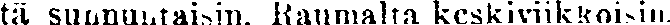
tä sunnuntaisin. Raumalta keskiviikkoisin.